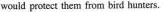
would protect them from bird hunters.